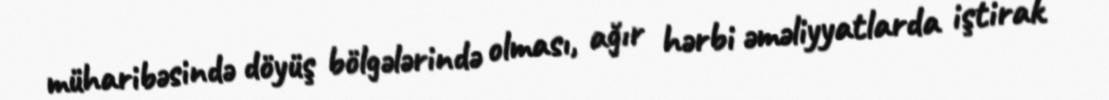
müharibəsində döyüş bölgələrində olması, ağır hərbi əməliyyatlarda iştirak